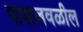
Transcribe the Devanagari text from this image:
पायाजवळील